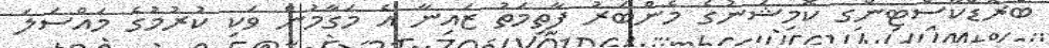
ބްރޮޑްކާސްޓިންގ ކޮމިޝަނުގެ މެންބަރު ފާތިމަތު ޒައިނާ އެ މަގާމުން ވަކި ކުރުމުގެ މައްސަަލަ